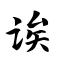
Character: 诶